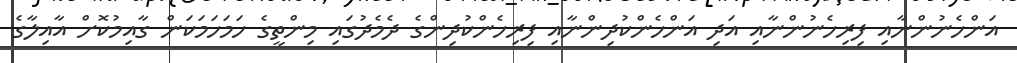
އަންހެނުންނާއި ފިރިހެނުންނާއި އަދި އަންހެންކުދިންނާއި ފިރިހެންކުދިންގެ ދެމެދުގައި މިންތީގެ ހަމަހަމަކަން ގާއިމުކޮށް އާއިލާގެ